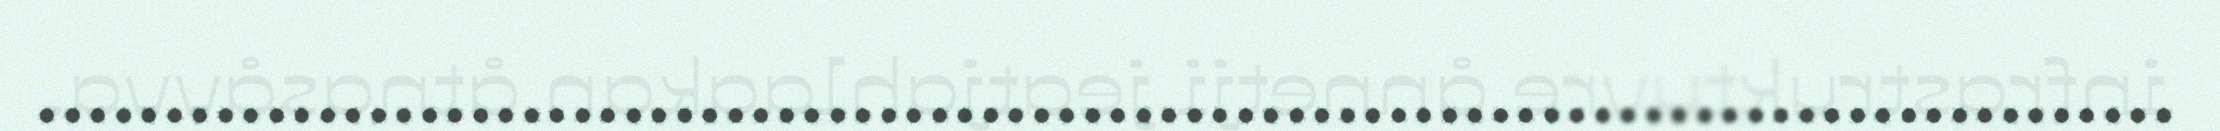
....................................................................................